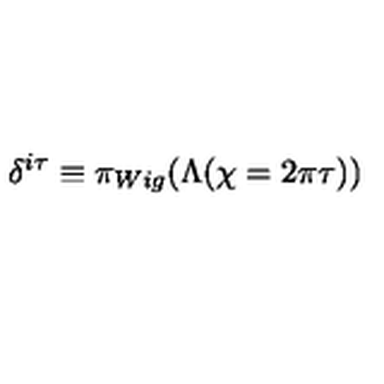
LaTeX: \delta ^ { i \tau } \equiv \pi _ { W i g } ( \Lambda ( \chi = 2 \pi \tau ) )